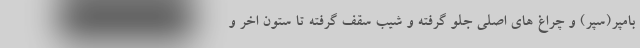
بامپر(سپر) و چراغ های اصلی جلو گرفته و شیب سقف گرفته تا ستون اخر و